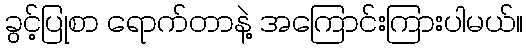
ခွင့်ပြုစာ ရောက်တာနဲ့ အကြောင်းကြားပါမယ်။